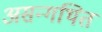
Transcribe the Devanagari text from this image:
असन्गथित